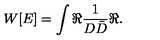
W [ E ] = \int \Re \frac { 1 } { D \bar { D } } \Re .